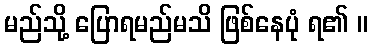
မည်သို့ ပြောရမည်မသိ ဖြစ်နေပုံ ရ၏ ။